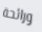
ورائحة